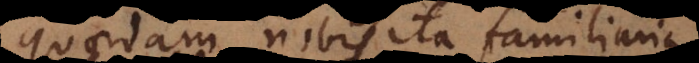
quaedam nobis ita familiaria